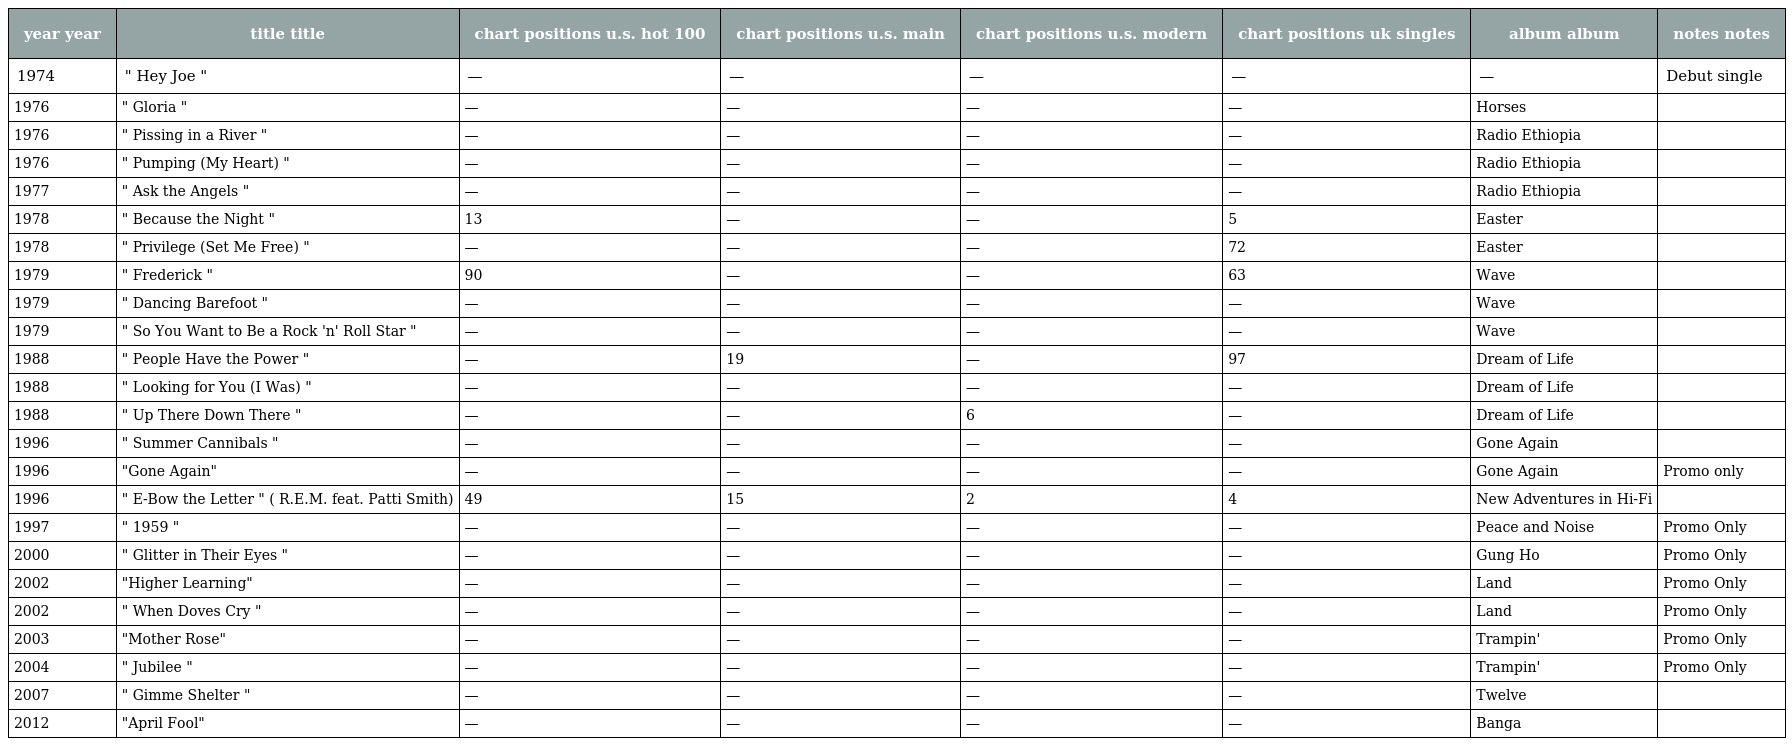
| year year | title title | chart positions u.s. hot 100 | chart positions u.s. main | chart positions u.s. modern | chart positions uk singles | album album | notes notes |
 | --- | --- | --- | --- | --- | --- | --- | --- |
 | 1974 | " Hey Joe " | — | — | — | — | — | Debut single |
 | 1976 | " Gloria " | — | — | — | — | Horses |  |
 | 1976 | " Pissing in a River " | — | — | — | — | Radio Ethiopia |  |
 | 1976 | " Pumping (My Heart) " | — | — | — | — | Radio Ethiopia |  |
 | 1977 | " Ask the Angels " | — | — | — | — | Radio Ethiopia |  |
 | 1978 | " Because the Night " | 13 | — | — | 5 | Easter |  |
 | 1978 | " Privilege (Set Me Free) " | — | — | — | 72 | Easter |  |
 | 1979 | " Frederick " | 90 | — | — | 63 | Wave |  |
 | 1979 | " Dancing Barefoot " | — | — | — | — | Wave |  |
 | 1979 | " So You Want to Be a Rock 'n' Roll Star " | — | — | — | — | Wave |  |
 | 1988 | " People Have the Power " | — | 19 | — | 97 | Dream of Life |  |
 | 1988 | " Looking for You (I Was) " | — | — | — | — | Dream of Life |  |
 | 1988 | " Up There Down There " | — | — | 6 | — | Dream of Life |  |
 | 1996 | " Summer Cannibals " | — | — | — | — | Gone Again |  |
 | 1996 | "Gone Again" | — | — | — | — | Gone Again | Promo only |
 | 1996 | " E-Bow the Letter " ( R.E.M. feat. Patti Smith) | 49 | 15 | 2 | 4 | New Adventures in Hi-Fi |  |
 | 1997 | " 1959 " | — | — | — | — | Peace and Noise | Promo Only |
 | 2000 | " Glitter in Their Eyes " | — | — | — | — | Gung Ho | Promo Only |
 | 2002 | "Higher Learning" | — | — | — | — | Land | Promo Only |
 | 2002 | " When Doves Cry " | — | — | — | — | Land | Promo Only |
 | 2003 | "Mother Rose" | — | — | — | — | Trampin' | Promo Only |
 | 2004 | " Jubilee " | — | — | — | — | Trampin' | Promo Only |
 | 2007 | " Gimme Shelter " | — | — | — | — | Twelve |  |
 | 2012 | "April Fool" | — | — | — | — | Banga |  |